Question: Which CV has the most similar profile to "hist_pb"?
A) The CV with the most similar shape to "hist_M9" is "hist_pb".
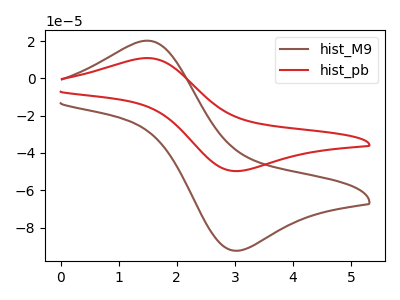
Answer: <think>The brown curve "hist_M9" has an anodic peak at (1.45V, 20.15uA) and a cathodic peak at (3.05V, -92.40uA). The red curve "hist_pb" has an anodic peak at (1.45V, 10.85uA) and a cathodic peak at (3.05V, -49.70uA).
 All the peaks in "hist_M9" have a peak in "hist_pb" at the same potential. Every peak in "hist_M9" is higher than every peak in "hist_pb".</think>
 <answer>A) The CV with the most similar shape to "hist_M9" is "hist_pb".</answer>
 <eval>A</eval>